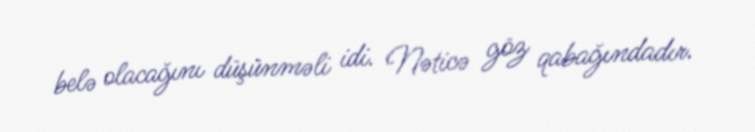
belə olacağını düşünməli idi. Nəticə göz qabağındadır.